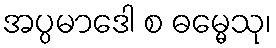
အပ္ပမာဒေါ စ ဓမ္မေသု၊